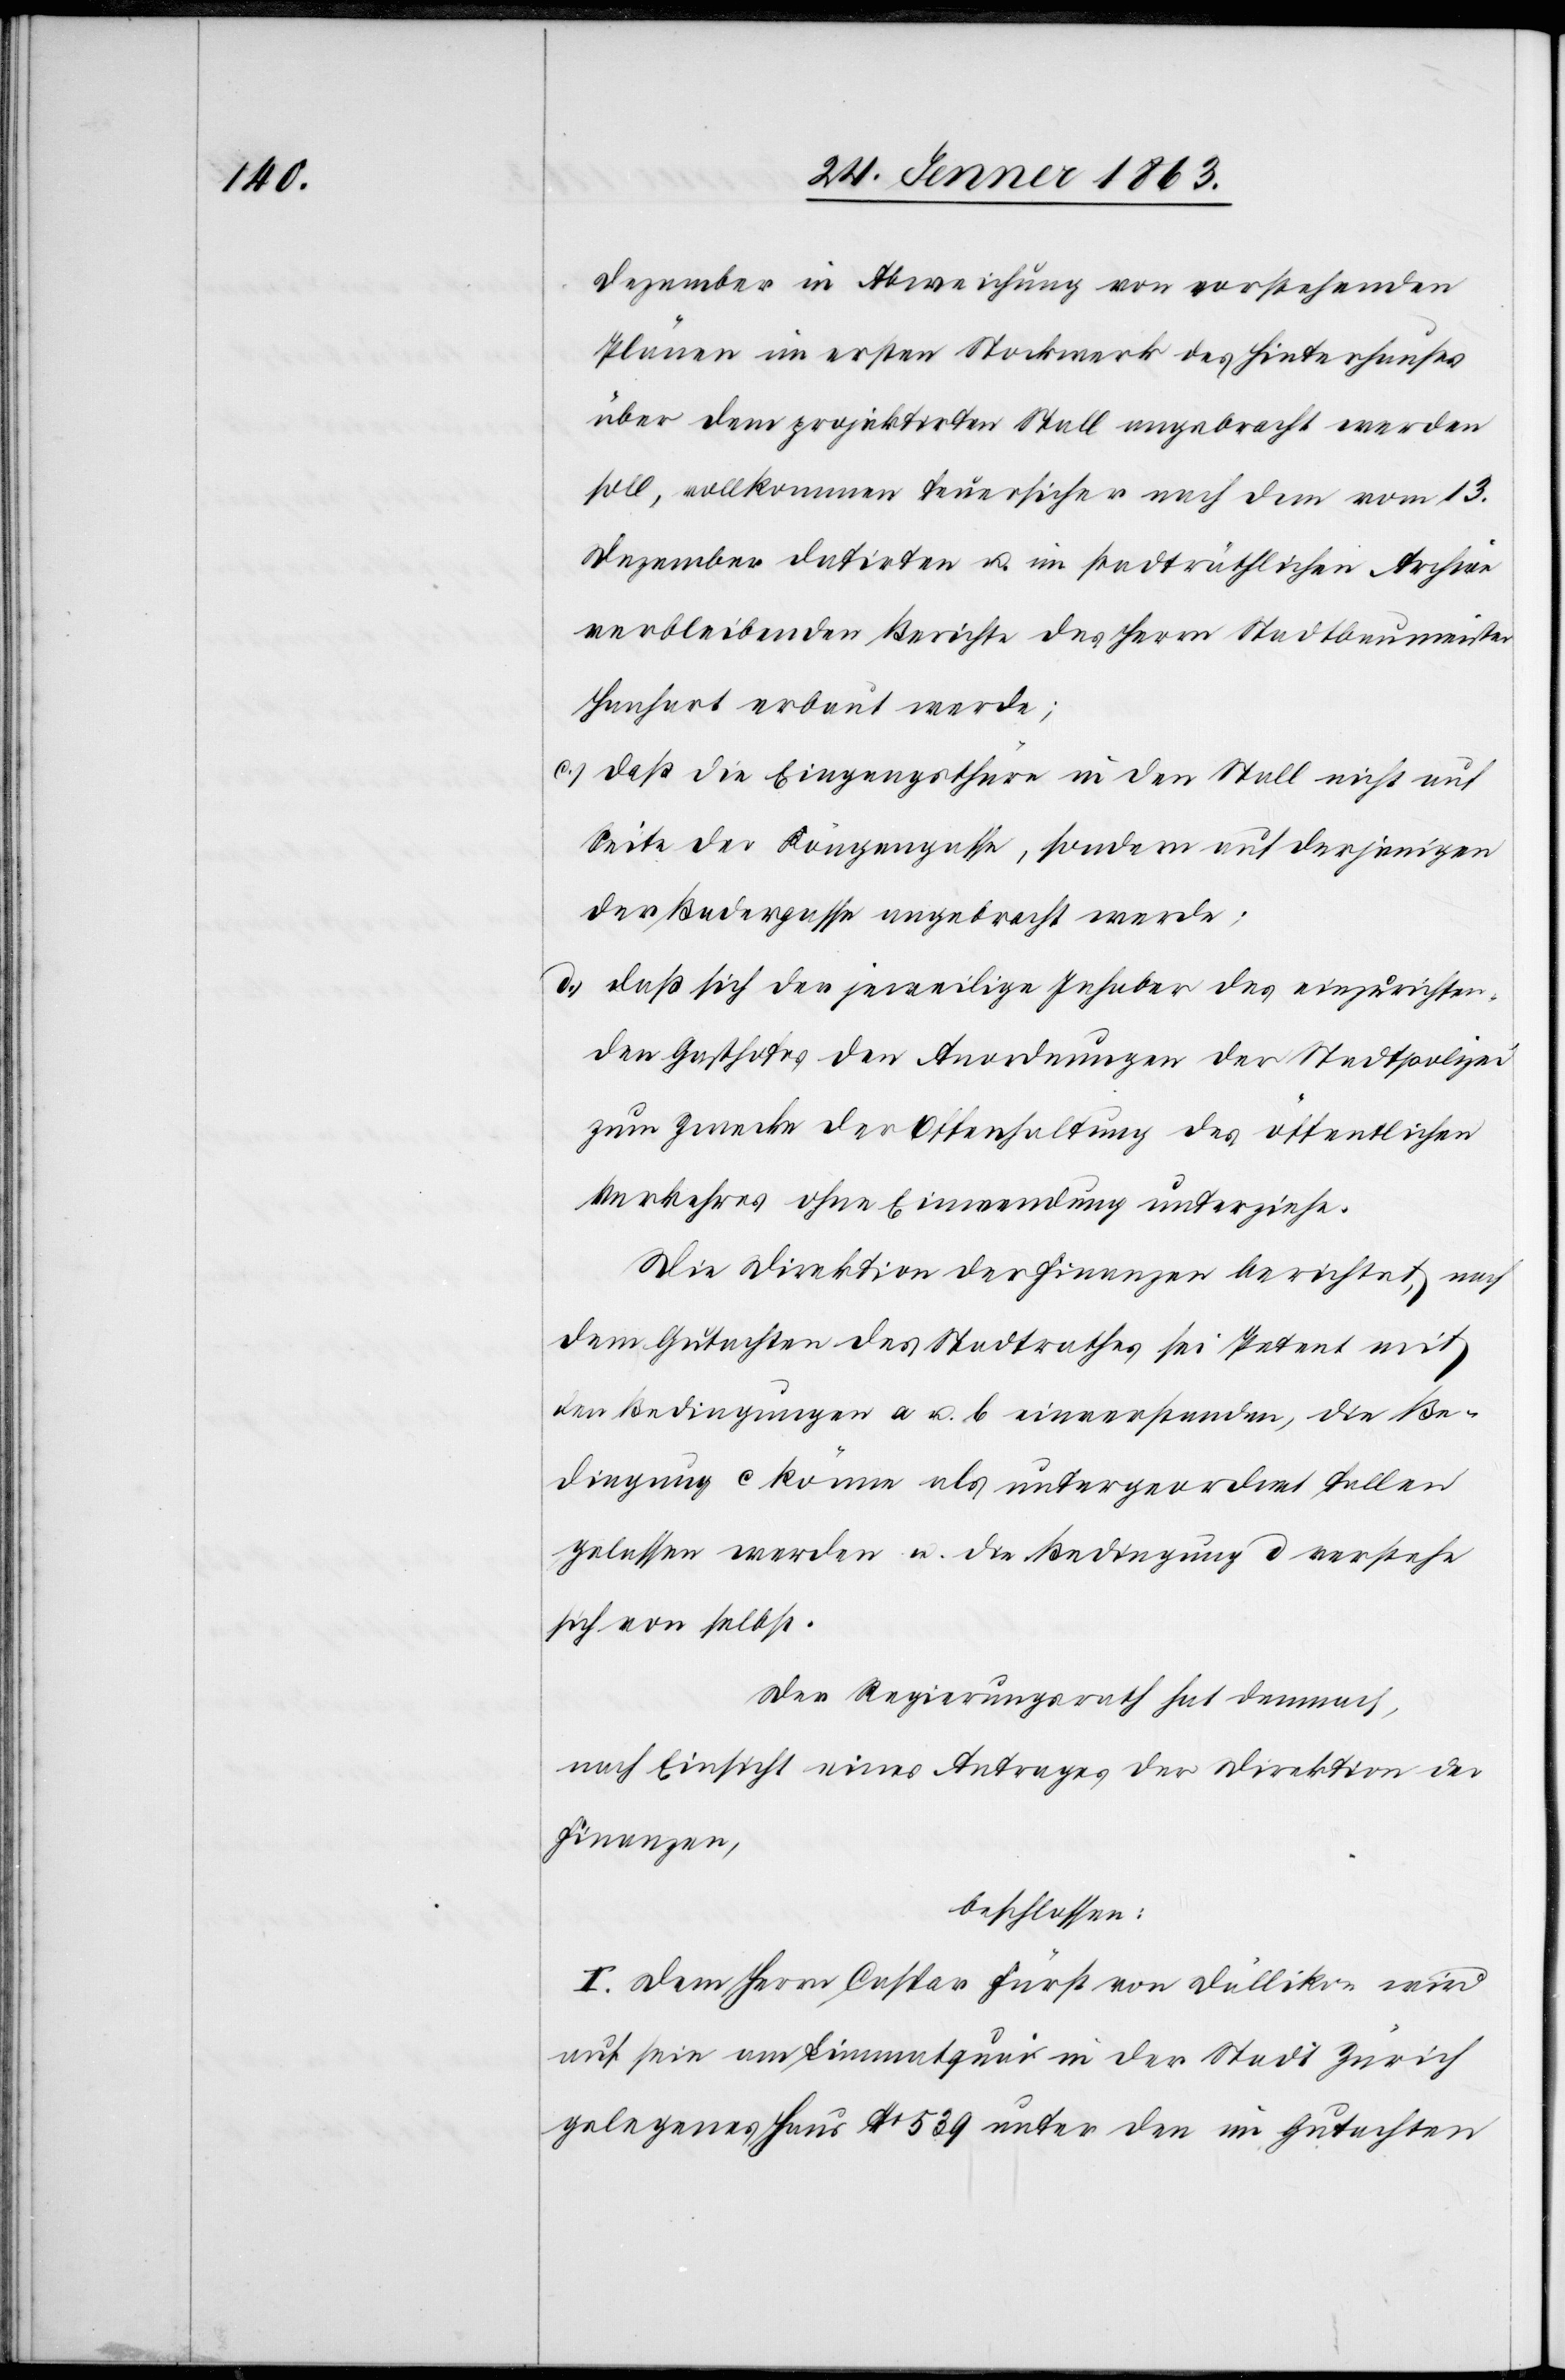
Dezember in Abweichung von vorstehenden
Plänen im ersten Stockwerk des Hinterhauses
über dem projektirten Stall angebracht werden
soll, vollkommen feuersicher nach dem vom 13.
Dezember datirten u. im stadträthlichen Archive
verbleibenden Berichte des Herrn Stadtbaumeister
Hanhart erbaut werde;
c.) daß die Eingangsthüre in den Stall nicht auf
Seite der Köngengasse, sondern auf derjenigen
der Badergasse angebracht werde;
d.) daß sich der jeweilige Inhaber des einzurichten¬
den Gasthofes den Anordnungen der Stadtpolizei
zum Zwecke der Offenhaltung des öffentlichen
Verkehres ohne Einwendung unterziehe.
Die Direktion der Finanzen berichtet, nach
dem Gutachten des Stadtrathes sei Petent mit
den Bedingungen a u. b. einverstanden, die Be¬
dingung c könne als untergeordnet fallen
gelassen werden u. die Bedingung d verstehe
sich von selbst.
Der Regierungsrath hat demnach,
nach Einsicht eines Antrages der Direktion der
Finanzen,
beschlossen:
I. Dem Herrn Caspar Fürst von Dällikon wird
auf sein am Limmatquai in der Stadt Zürich
gelegenes Haus No 539 unter den im Gutachten